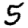
Digit: 5